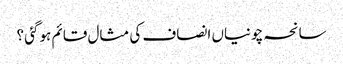
سانحہ چونیاں انصاف کی مثال قائم ہوگئی ؟